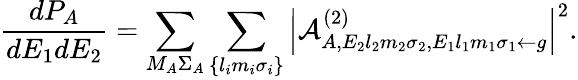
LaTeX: \frac{dP_{A}}{dE_{1}dE_{2}}=\sum_{M_{A}\Sigma_{A}}\sum_{\{ l_{i}m_{i}\sigma_{i}\} }\left|\mathcal{A}_{A,E_{2}{l}_{2}m_{2}\sigma_{2},E_{1}{l}_{1}m_{1}\sigma_{1}\gets g}^{(2)}\right|^{2}.